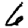
Digit: 6